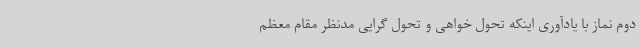
دوم نماز با یادآوری اینکه تحول خواهی و تحول گرایی مدنظر مقام معظم